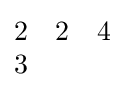
{\begin{matrix}2&2&4\\3\end{matrix}}